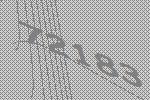
72183